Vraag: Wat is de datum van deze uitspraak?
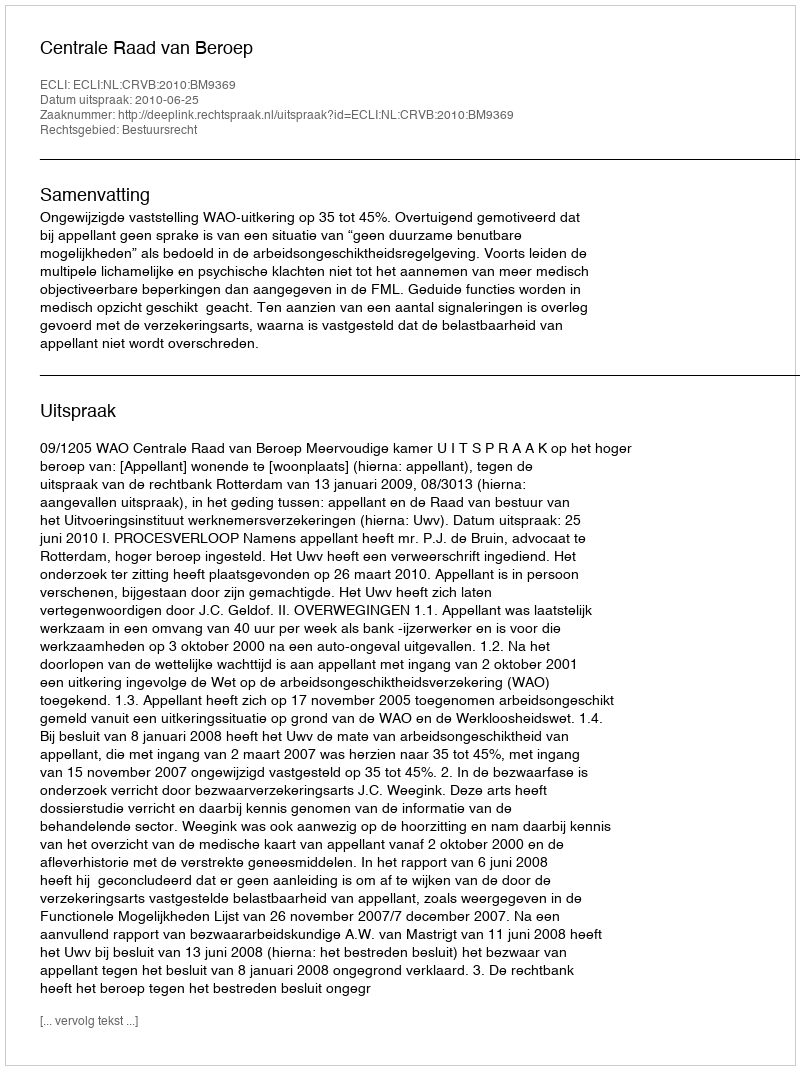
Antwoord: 2010-06-25